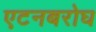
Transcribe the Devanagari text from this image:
एटनबरोघ